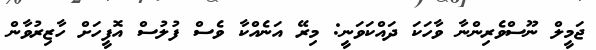
ޖަމީލް ނޫސްވެރިންނާ ވާހަކަ ދައްކަވަނީ: މިރޭ އަނެއްކާ ވެސް ފުލުސް އޮފީހަށް ހާޒިރުވާން